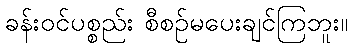
ခန်းဝင်ပစ္စည်း စီစဉ်မပေးချင်ကြဘူး။